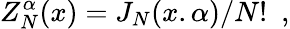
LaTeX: Z_{N}^{\alpha}(x)=J_{N}(x.\alpha)/N!\, \, \, ,